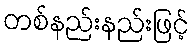
တစ်နည်းနည်းဖြင့်